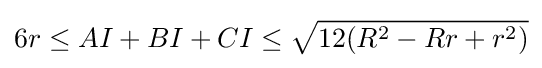
6r\leq AI+BI+CI\leq {\sqrt {12(R^{2}-Rr+r^{2})}}